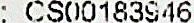
: CS00183946